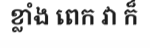
ខ្លាំង ពេក វា ក៏